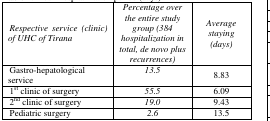
| Respective service (clinic) of UHC of Tirana | Percentage over the entire study group (384 hospitalization in total, de novo plus recurrences) | Average staying (days) |
 | --- | --- | --- |
 | Gastro-hepatological service | 13.5 | 8.83 |
 | 1st clinic of surgery | 55.5 | 6.09 |
 | 2nd clinic of surgery | 19.0 | 9.43 |
 | Pediatric surgery | 2.6 | 13.5 |